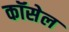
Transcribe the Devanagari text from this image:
कॉसेल